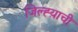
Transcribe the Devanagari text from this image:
जिल्ह्य़ाची